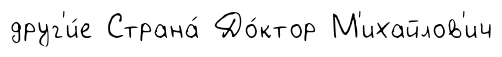
друг'и́е Страна́ До́ктор М'ихайлов'ич